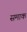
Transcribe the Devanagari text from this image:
समाक